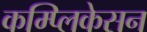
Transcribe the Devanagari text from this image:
कम्प्लिकेसन